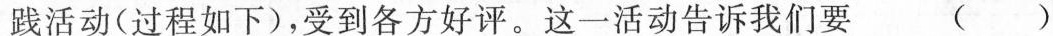
践活动(过程如下)，受到各方好评。这一活动告诉我们要 ()